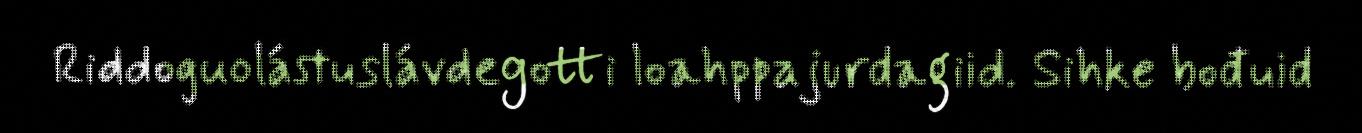
Riddoguolástuslávdegotti loahppajurdagiid. Sihke bođuid